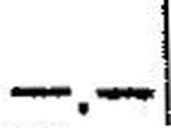
—.—